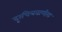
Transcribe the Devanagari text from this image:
दूरचित्रवाणीस